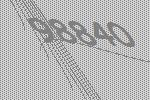
98840